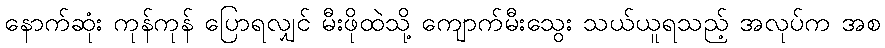
နောက်ဆုံး ကုန်ကုန် ပြောရလျှင် မီးဖိုထဲသို့ ကျောက်မီးသွေး သယ်ယူရသည့် အလုပ်က အစ